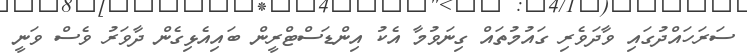
ސަރަހައްދުގައި ވާދަވެރި ގައުމުތައް ގިނަވުމާ އެކު އިންޑަސްޓްރީން ބައިއެޅިގެން ދާވަރު ވެސް ވަނީ